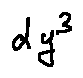
d y ^ { 3 }